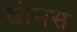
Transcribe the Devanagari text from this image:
खोमस